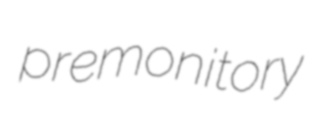
premonitory